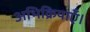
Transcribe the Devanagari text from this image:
अभिक्रियाएँ।